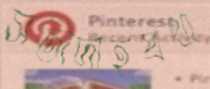
সতীদাহপ্রথা